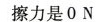
擦力是0N